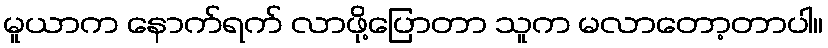
မူယာက နောက်ရက် လာဖို့ပြောတာ သူက မလာတော့တာပါ။